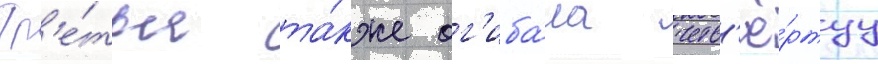
Тр'е́тья та́кже ог'иба́ла четв'ё́ртуу